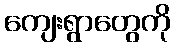
ကျေးရွာတွေကို